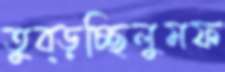
তুব্‌ড়চ্ছিলুমফ